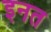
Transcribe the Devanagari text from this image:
इनत